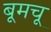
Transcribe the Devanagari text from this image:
बूमचू